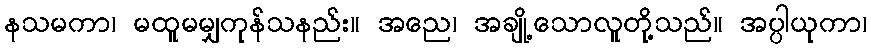
နသမကာ၊ မထူမမျှကုန်သနည်း။ အညေ၊ အချို့သောလူတို့သည်။ အပ္ပါယုကာ၊